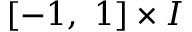
[ - 1 , \ 1 ] \times I